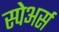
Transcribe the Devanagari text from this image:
स्पेअर्स